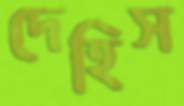
দেহিস